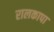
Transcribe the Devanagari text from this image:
रालकापा